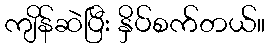
ကျိန်ဆဲပြီး နှိပ်စက်တယ်။